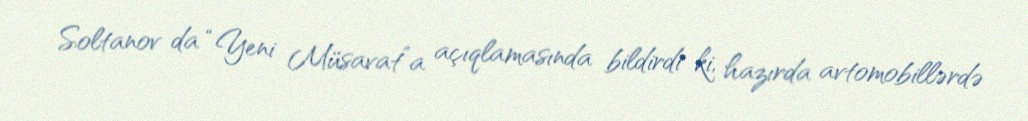
Soltanov da “Yeni Müsavat”a açıqlamasında bildirdi ki, hazırda avtomobillərdə